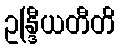
ဥန္ဒြီယတီတိ